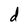
Character: d